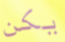
يكن